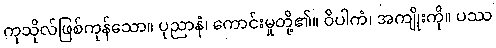
ကုသိုလ်ဖြစ်ကုန်သော။ ပုညာနံ၊ ကောင်းမှုတို့၏။ ဝိပါကံ၊ အကျိုးကို။ ပဿ